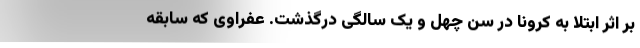
بر اثر ابتلا به کرونا در سن چهل و یک سالگی درگذشت. عفراوی که سابقه